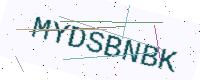
Text: MYDSBNBK